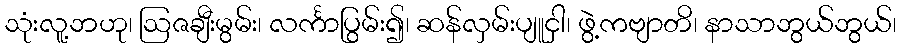
သုံးလူ့ဘဟု၊ ဩဇချီးမွမ်း၊ လင်္ကာပြွမ်း၍၊ ဆန်လှမ်းပျူငှါ၊ ဖွဲ့ကဗျာတိ၊ နာသာဘွယ်ဘွယ်၊